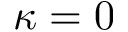
\kappa = 0